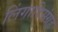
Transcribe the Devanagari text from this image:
लिंगादिसंग्रह